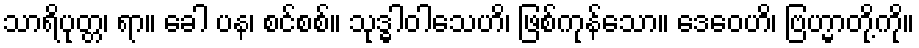
သာရိပုတ္တ၊ ရာ။ ခေါ ပန၊ စင်စစ်။ သုဒ္ဓါဝါသေဟိ၊ ဖြစ်ကုန်သော။ ဒေဝေဟိ၊ ဗြဟ္မာတို့ကို။